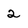
Character: 2